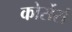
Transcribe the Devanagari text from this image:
कोर्सेर्स